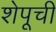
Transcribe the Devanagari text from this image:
शेपूची